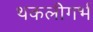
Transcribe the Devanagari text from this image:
थकलीगर्भ